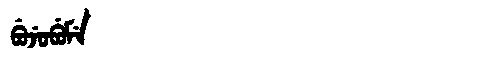
Manchu: ᠪᡠᠵᡠᠪᡠᠮᡝ
Romanization: BUJUBUME